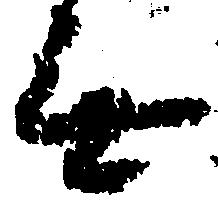
無